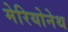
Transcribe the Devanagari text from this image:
मेरियोनेथ